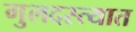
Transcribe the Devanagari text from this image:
गुलदस्त्यात